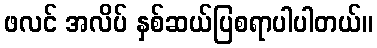
ဖလင် အလိပ် နှစ်ဆယ်ပြစရာပါပါတယ်။